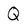
Character: Q